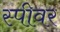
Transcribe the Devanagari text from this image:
स्पीवर